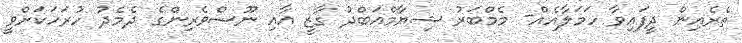
ތެރެއިން ދީފައިވާ ހަމަލާއެއް- މެމްބަރު ޝިޔާމްއަބްދު ގާޒީ އާއި ނޫސްވެރިންގެ ދެމެދު ހުރަހަކަށްވީ